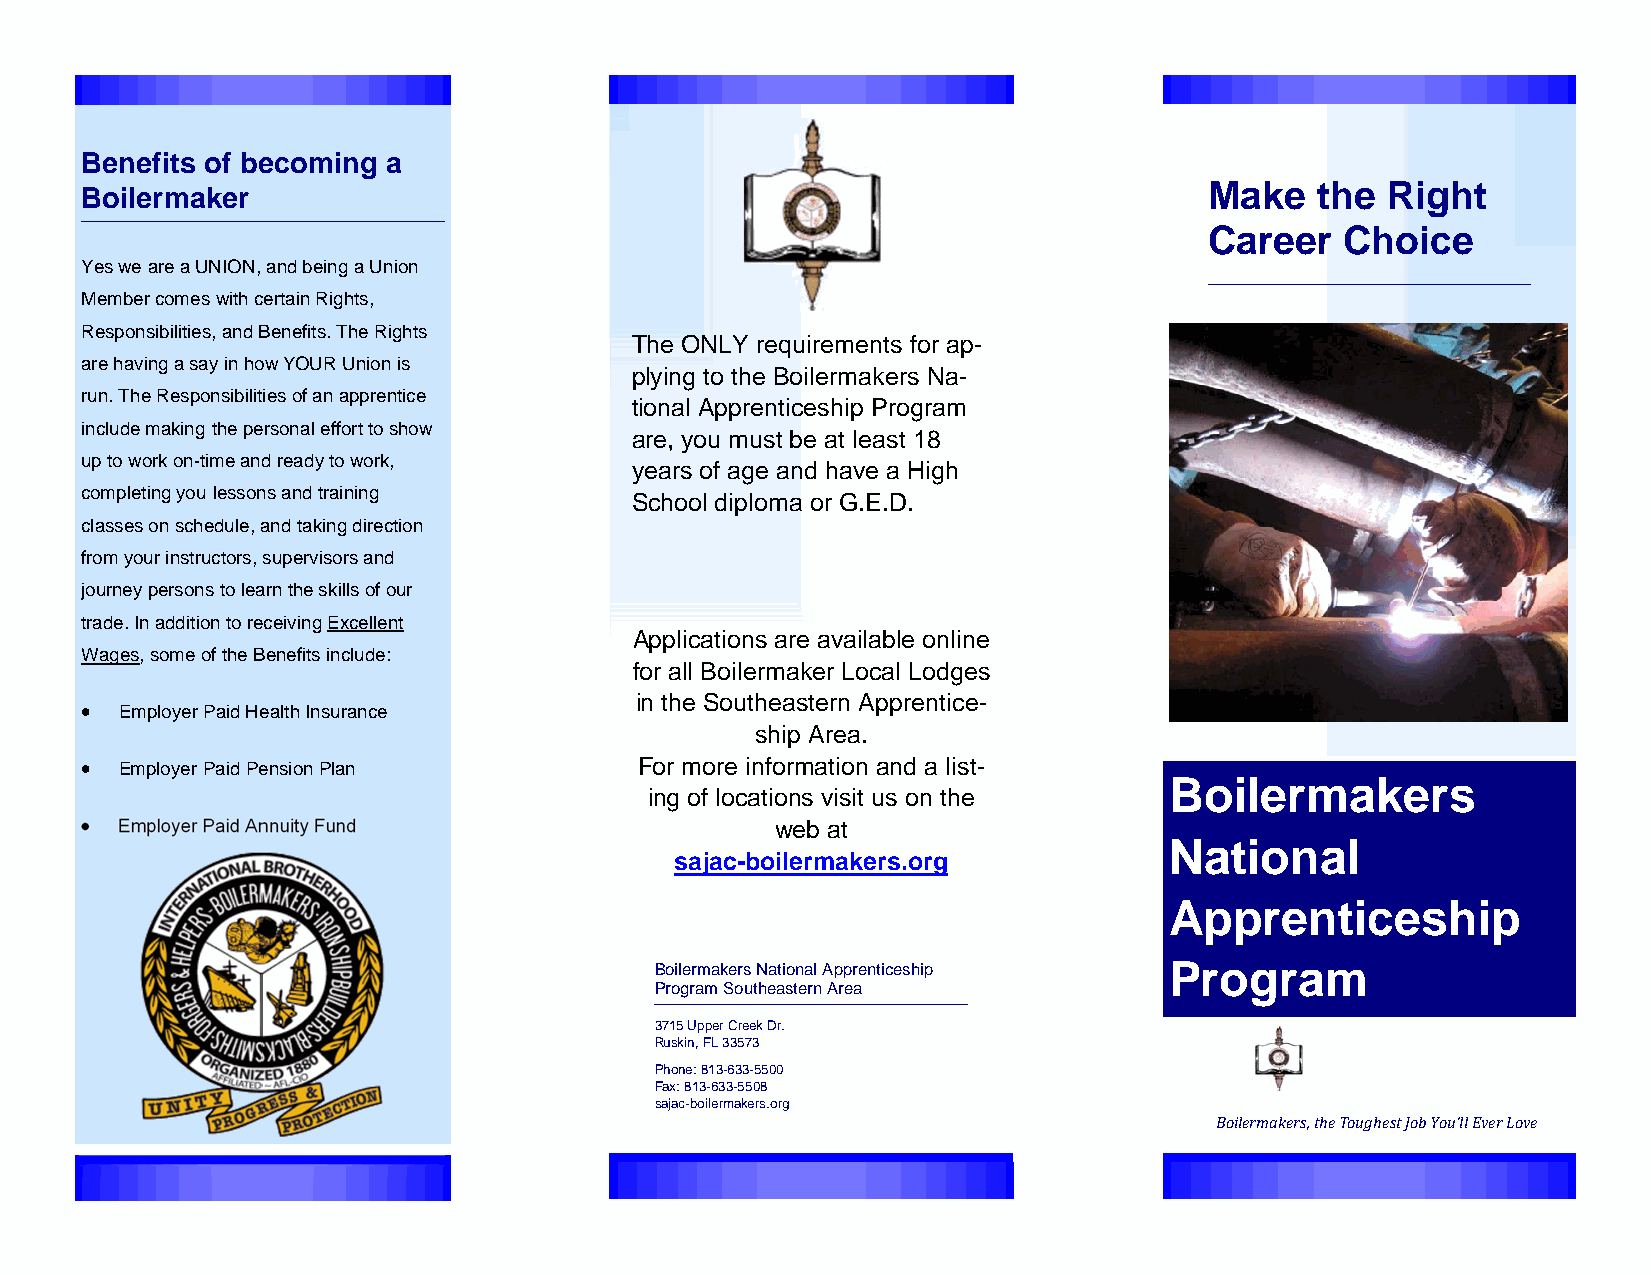
Benefits of becoming a
 Boilermaker                                                                Make   the  Right
 Career   Choice
 Yes we are a UNION, and being a Union
 Member comes with certain Rights,
 Responsibilities, and Benefits. The Rights
 The ONLY requirements for ap-
 are having a say in how YOUR Union is
 plying to the Boilermakers Na-
 run. The Responsibilities of an apprentice
 tional Apprenticeship Program
 include making the personal effort to show
 are, you must be at least 18
 up to work on-time and ready to work,
 years of age and have a High
 completing you lessons and training
 School diploma or G.E.D.
 classes on schedule, and taking direction
 from your instructors, supervisors and
 journey persons to learn the skills of our
 trade. In addition to receiving Excellent
 Applications are available online
 Wages, some of the Benefits include:
 for all Boilermaker Local Lodges
 in the Southeastern Apprentice-
  Employer Paid Health Insurance
 ship Area.
  Employer Paid Pension Plan        For more information and a list-
 Boilermakers
 ing of locations visit us on the
  Employer Paid Annuity Fund                 web at
 National
 sajac-boilermakers.org
 Apprenticeship
 Boilermakers National Apprenticeship Program
 Program Southeastern Area
 3715 Upper Creek Dr.
 Ruskin, FL 33573
 Phone: 813-633-5500
 Fax: 813-633-5508
 sajac-boilermakers.org
 Boilermakers, the Toughest Job You’ll Ever Love